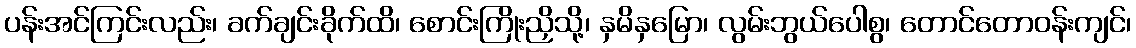
ပန်းအင်ကြင်းလည်း၊ ခက်ချင်းခိုက်ထိ၊ စောင်းကြိုးညှိသို့၊ နှမိနှမြော၊ လွမ်းဘွယ်ပေါစွ၊ တောင်တောဝန်းကျင်၊